Indian journal of veterinary science and animal husbandry - Volume 13,
Year: 1943
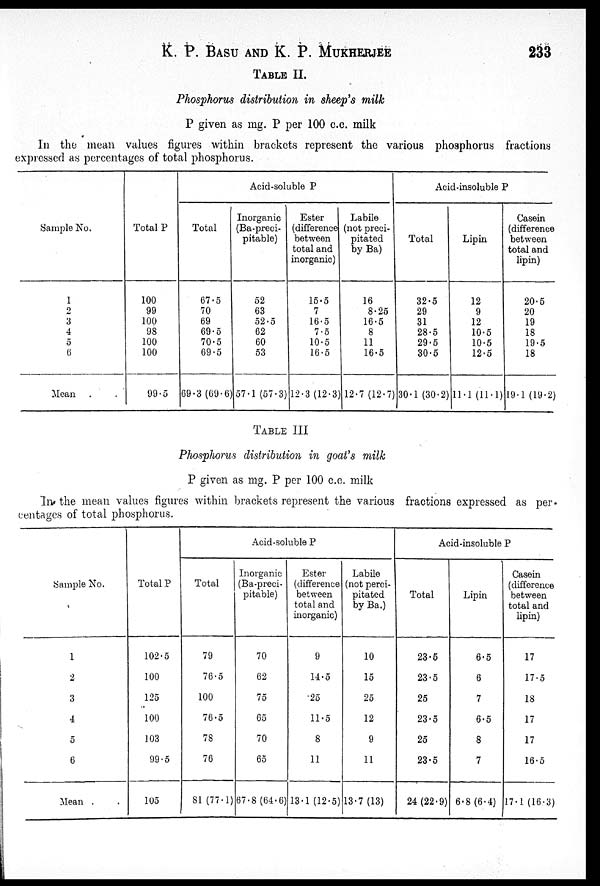
K. P. BASU AND K. P.
MUKHERJEE
233
TABLE II.
Phosphorus distribution in sheep's milk
P given as mg. P per 100 c.c. milk
In the mean values figures within brackets represent the various phosphorus fractions
expressed as percentages of total phosphorus.
Sample No.
1
2
3
4
5
6
Mean . .
Total P
100
99
100
98
100
100
99.5
Acid-soluble P
Total
67.5
70
69
69.5
70.5
69.5
69.3 (69.6)
Inorganic
(Ba-preci-
pitable)
52
63
52.5
62
60
53
57.1 (57.3)
Ester
(difference
between
total and
inorganic)
15.5
7
16.5
7.5
10.5
16.5
12.3 (12.3)
Labile
(not preci-
pitated
by Ba)
16
8.25
16.5
8
11
16.5
12.7 (12.7)
Acid-insoluble P
Total
32.5
29
31
28.5
29.5
30.5
30.1 (30.2)
Lipin
12
9
12
10.5
10.5
12.5
11.1 (11.1)
Casein
(difference
between
total and
lipin)
20.5
20
19
18
19.5
18
19.1 (19.2)
TABLE
III
Phosphorus distribution in goat's milk
P given as mg. P per 100 c.c. milk
In the mean values figures within brackets represent the various fractions expressed as per-
centages of total phosphorus.
Sample No.
1
2
3
4
5
6
Mean . .
Total P
102.5
100
125
100
103
99.5
105
Acid-soluble P
Total
79
76.5
100
76.5
78
76
81 (77.1)
Inorganic
(Ba-preci-
pitable)
70
62
75
65
70
65
67.8 (64.6)
Ester
(difference
between
total and
inorganic)
9
14.5
25
11.5
8
11
13.1 (12.5)
Labile
(not perci-
pitated
by Ba.)
10
15
25
12
9
11
13.7 (13)
Acid-insoluble P
Total
23.5
23.5
25
23.5
25
23.5
24 (22.9)
Lipin
6.5
6
7
6.5
8
7
6.8 (6.4)
Casein
(difference
between
total and
lipin)
17
17.5
18
17
17
16.5
17.1 (16.3)